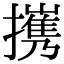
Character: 㩗